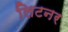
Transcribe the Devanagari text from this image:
लिटनर